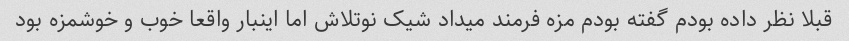
قبلا نظر داده بودم گفته بودم مزه فرمند میداد شیک نوتلاش اما اینبار واقعا خوب و خوشمزه بود